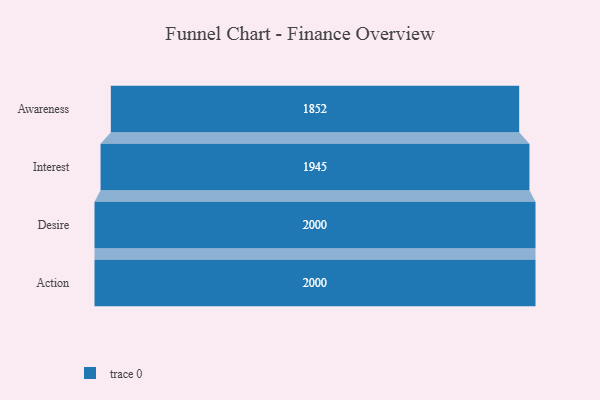
{"axis": {"x": "Stage", "y": "Value"}, "legend": [""], "data": [{"x": "Awareness", "y": 1852.0, "type": ""}, {"x": "Interest", "y": 1945.0, "type": ""}, {"x": "Desire", "y": 2000, "type": ""}, {"x": "Action", "y": 2000, "type": ""}]}